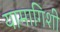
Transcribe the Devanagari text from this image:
यामागिशी